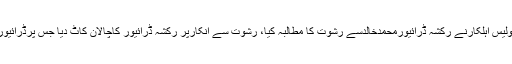
صدرٹریفک پولیس چوکی کے قریب مبینہ ٹریفک پولیس اہلکارنے رکشہ ڈرائیورمحمدخالدسے رشوت کا مطالبہ کیا، رشوت سے انکارپر رکشہ ڈرائیور کاچالان کاٹ دیا جس پرڈرائیورنے خودپرپیٹرول چھڑک کر خودسوزی کرلی تھی۔